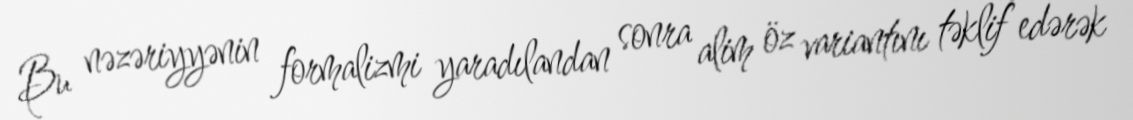
Bu nəzəriyyənin formalizmi yaradılandan sonra alim öz variantını təklif edərək